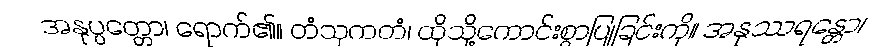
အနုပ္ပတ္တော၊ ရောက်၏။ တံသုကတံ၊ ထိုသို့ကောင်းစွာပြုခြင်းကို။ အနုဿရန္တော၊